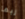
ربما